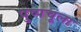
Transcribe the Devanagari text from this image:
पुष्पचूला